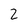
Character: 2